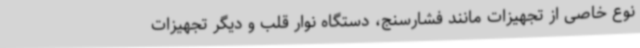
نوع خاصی از تجهیزات مانند فشارسنج، دستگاه نوار قلب و دیگر تجهیزات